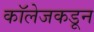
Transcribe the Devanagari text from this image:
कॉलेजकडून